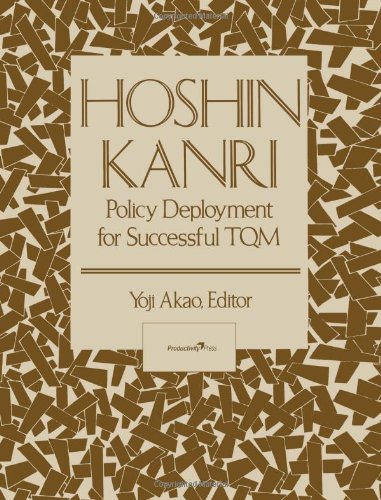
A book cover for Hoshin Kanri: Policy Deployment for Successful TQM; Yoji Akao; Business & Money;